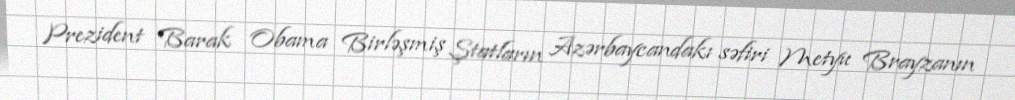
Prezident Barak Obama Birləşmiş Ştatların Azərbaycandakı səfiri Metyu Brayzanın